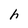
Character: h